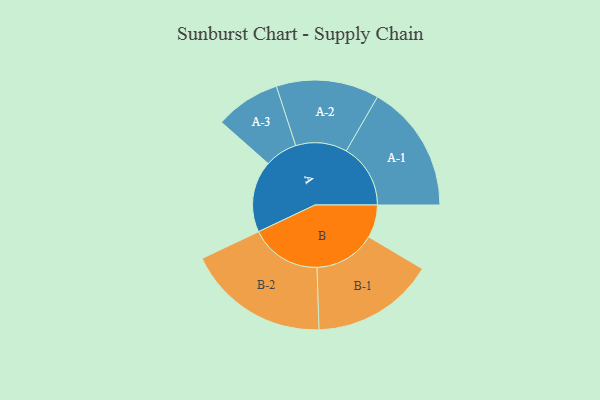
{"axis": {"x": "Segment", "y": "Value"}, "legend": ["", "A", "B"], "data": [{"x": "A", "y": 285, "type": ""}, {"x": "B", "y": 131, "type": ""}, {"x": "A-1", "y": 256, "type": "A"}, {"x": "A-2", "y": 205, "type": "A"}, {"x": "A-3", "y": 130, "type": "A"}, {"x": "B-1", "y": 245, "type": "B"}, {"x": "B-2", "y": 284, "type": "B"}]}